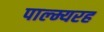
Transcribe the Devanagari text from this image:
पाल्म्यरह